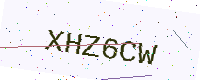
Text: XHZ6CW